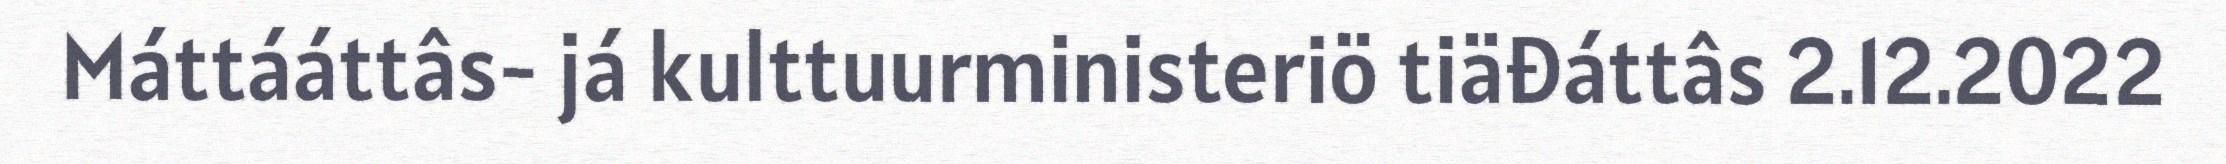
Máttááttâs- já kulttuurministeriö tiäđáttâs 2.12.2022